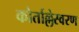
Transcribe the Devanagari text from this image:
कोर्ताल्लेस्वरण